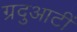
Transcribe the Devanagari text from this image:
ग्रदुआटीं